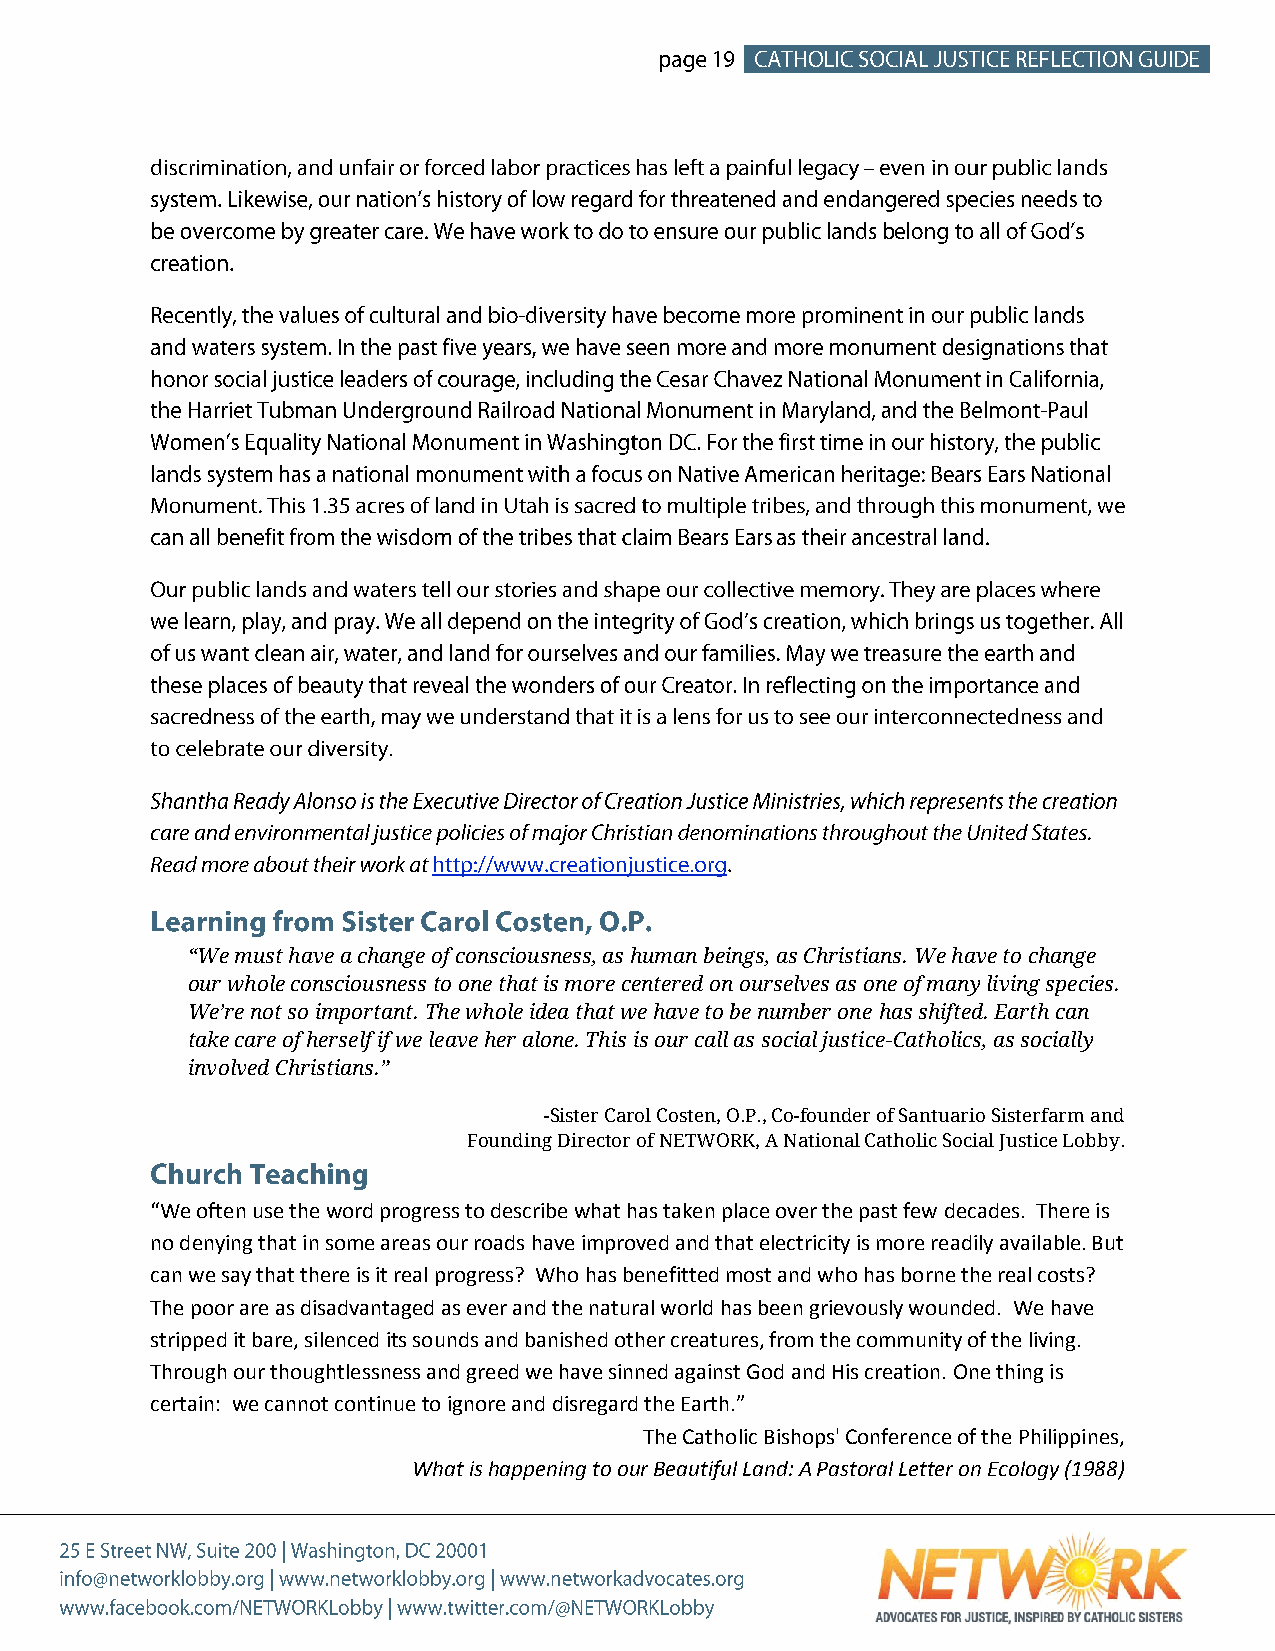
“We must have a change of consciousness, as human beings, as Christians. We have to change
 our whole consciousness to one that is more centered on ourselves as one of many living species.
 We’re not so important. The whole idea that we have to be number one has shifted. Earth can
 take care of herself if we leave her alone. This is our call as social justice-Catholics, as socially
 involved Christians.”
 -Sister Carol Costen, O.P., Co-founder of Santuario Sisterfarm and
 Founding Director of NETWORK, A National Catholic Social Justice Lobby.
 “We often use the word progress to describe what has taken place over the past few decades. There is
 no denying that in some areas our roads have improved and that electricity is more readily available. But
 can we say that there is it real progress? Who has benefitted most and who has borne the real costs?
 The poor are as disadvantaged as ever and the natural world has been grievously wounded. We have
 stripped it bare, silenced its sounds and banished other creatures, from the community of the living.
 Through our thoughtlessness and greed we have sinned against God and His creation. One thing is
 certain: we cannot continue to ignore and disregard the Earth.”
 The Catholic Bishops' Conference of the Philippines,
 What is happening to our Beautiful Land: A Pastoral Letter on Ecology (1988)